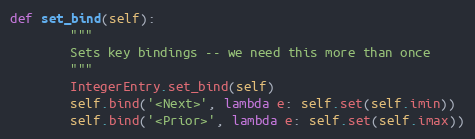
Language: Python
def set_bind(self):
        """
        Sets key bindings -- we need this more than once
        """
        IntegerEntry.set_bind(self)
        self.bind('<Next>', lambda e: self.set(self.imin))
        self.bind('<Prior>', lambda e: self.set(self.imax))